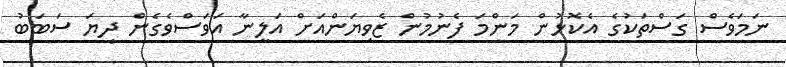
ނަމަވެސް ގަސްތަކުގެ އެކޮޅުން މަންމަ ފެނުމުން ޒެވިޔަންއަށް އަލީނާ އަވަސްވެގެން ދިޔަ ސަބަބު